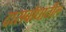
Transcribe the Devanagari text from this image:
दासबोधातील